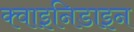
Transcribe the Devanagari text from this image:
क्वाइनिडाइन